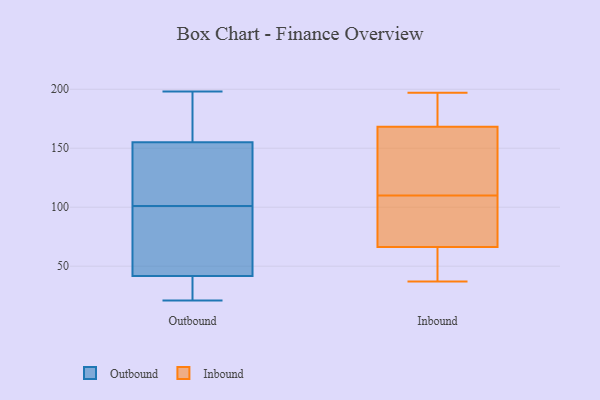
{"axis": {"x": "Temperature (°C)", "y": "Value"}, "legend": ["Inbound", "Outbound"], "data": [{"x": "", "y": 122, "type": "Outbound"}, {"x": "", "y": 142, "type": "Outbound"}, {"x": "", "y": 21, "type": "Outbound"}, {"x": "", "y": 93, "type": "Outbound"}, {"x": "", "y": 105, "type": "Outbound"}, {"x": "", "y": 35, "type": "Outbound"}, {"x": "", "y": 44, "type": "Outbound"}, {"x": "", "y": 174, "type": "Outbound"}, {"x": "", "y": 29, "type": "Outbound"}, {"x": "", "y": 149, "type": "Outbound"}, {"x": "", "y": 198, "type": "Outbound"}, {"x": "", "y": 173, "type": "Outbound"}, {"x": "", "y": 101, "type": "Outbound"}, {"x": "", "y": 68, "type": "Outbound"}, {"x": "", "y": 27, "type": "Outbound"}, {"x": "", "y": 47, "type": "Outbound"}, {"x": "", "y": 193, "type": "Outbound"}, {"x": "", "y": 110, "type": "Inbound"}, {"x": "", "y": 37, "type": "Inbound"}, {"x": "", "y": 99, "type": "Inbound"}, {"x": "", "y": 172, "type": "Inbound"}, {"x": "", "y": 47, "type": "Inbound"}, {"x": "", "y": 61, "type": "Inbound"}, {"x": "", "y": 154, "type": "Inbound"}, {"x": "", "y": 140, "type": "Inbound"}, {"x": "", "y": 179, "type": "Inbound"}, {"x": "", "y": 68, "type": "Inbound"}, {"x": "", "y": 83, "type": "Inbound"}, {"x": "", "y": 38, "type": "Inbound"}, {"x": "", "y": 167, "type": "Inbound"}, {"x": "", "y": 182, "type": "Inbound"}, {"x": "", "y": 125, "type": "Inbound"}, {"x": "", "y": 78, "type": "Inbound"}, {"x": "", "y": 197, "type": "Inbound"}]}